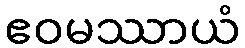
ဧဝမဿာယံ